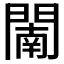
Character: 𨵴